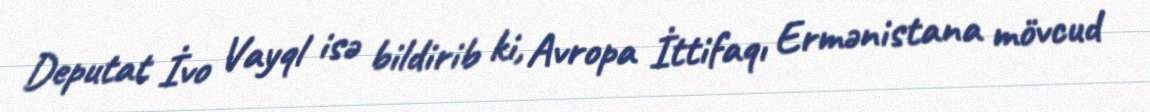
Deputat İvo Vayql isə bildirib ki, Avropa İttifaqı Ermənistana mövcud